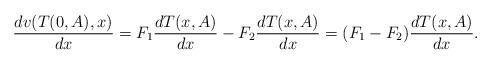
LaTeX: \begin{align*}\frac{dv(T(0,A),x)}{dx}=F_{1}\frac{dT(x,A)}{dx}-F_{2}\frac{dT(x,A)}{dx}=(F_{1}-F_{2})\frac{dT(x,A)}{dx}.\end{align*}